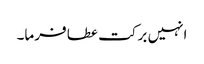
انہیں برکت عطا فرما۔